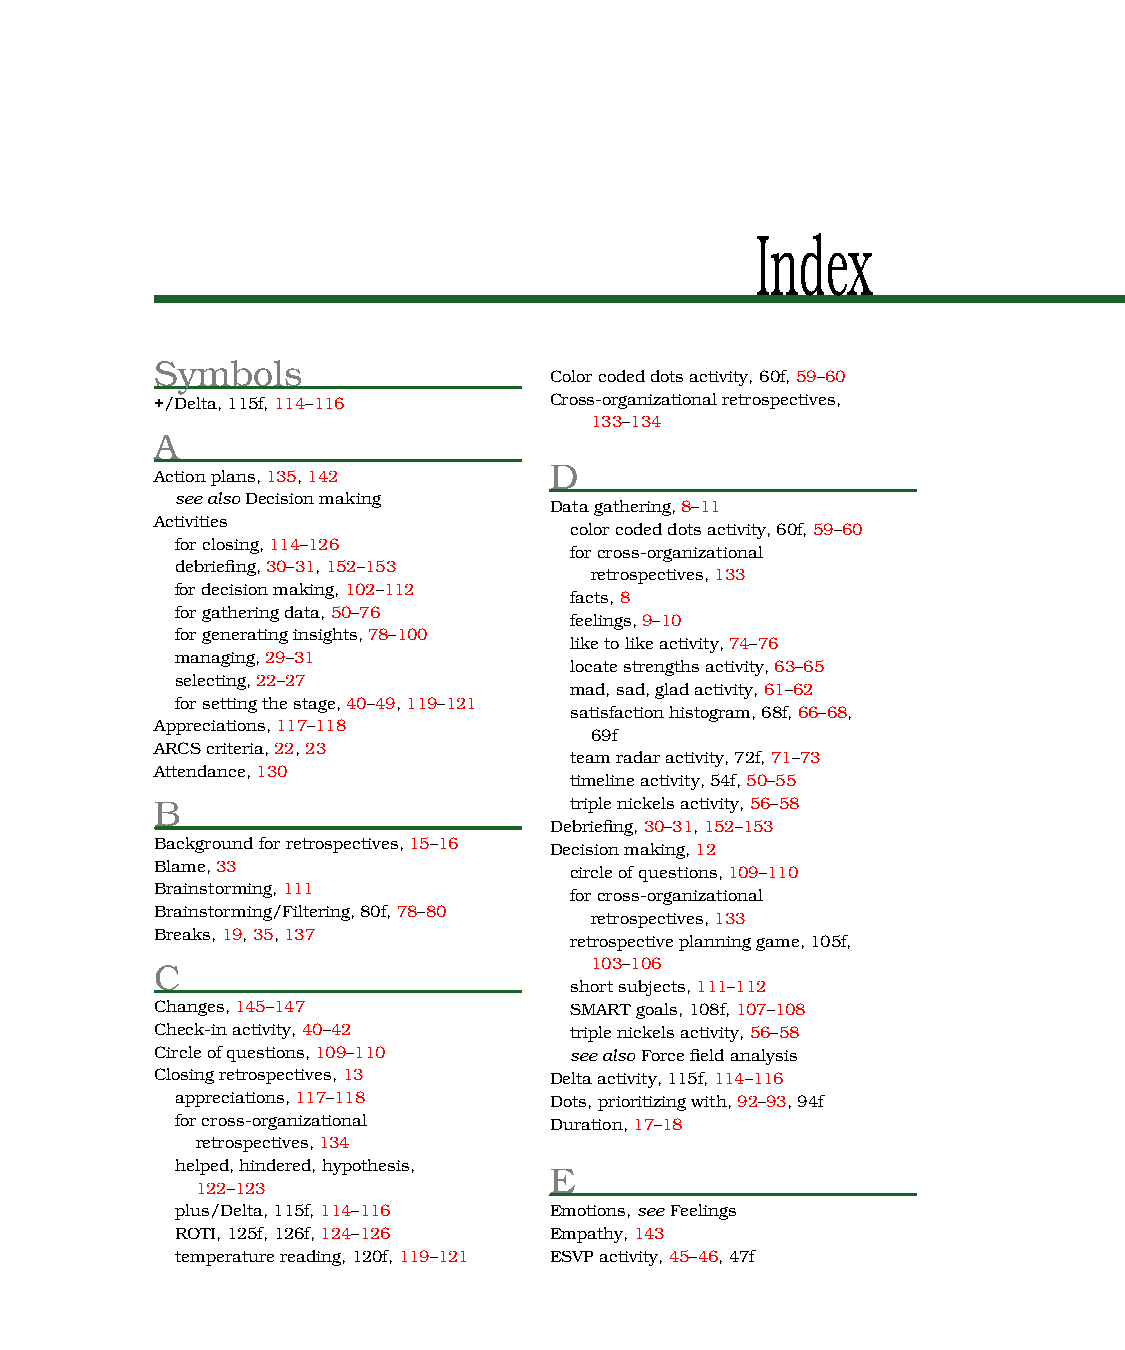
Index
 Symbols
 Colorcodeddotsactivity,60f,59–60
 +/Delta,115f,114–116      Cross-organizationalretrospectives,
 133–134
 A
 D
 Actionplans,135,142
 seealsoDecisionmaking
 Datagathering,8–11
 Activities
 colorcodeddotsactivity,60f,59–60
 forclosing,114–126
 forcross-organizational
 debriefing,30–31,152–153
 retrospectives,133
 fordecisionmaking,102–112
 facts,8
 forgatheringdata,50–76
 feelings,9–10
 forgeneratinginsights,78–100
 liketolikeactivity,74–76
 managing,29–31
 locatestrengthsactivity,63–65
 selecting,22–27
 mad,sad,gladactivity,61–62
 forsettingthestage,40–49,119–121
 satisfactionhistogram,68f,66–68,
 Appreciations,117–118
 69f
 ARCScriteria,22,23
 teamradaractivity,72f,71–73
 Attendance,130
 timelineactivity,54f,50–55
 B                           triplenickelsactivity,56–58
 Debriefing,30–31,152–153
 Backgroundforretrospectives,15–16 Decisionmaking,12
 Blame,33                    circleofquestions,109–110
 Brainstorming,111
 forcross-organizational
 Brainstorming/Filtering,80f,78–80
 retrospectives,133
 Breaks,19,35,137
 retrospectiveplanninggame,105f,
 C                            103–106
 shortsubjects,111–112
 Changes,145–147             SMARTgoals,108f,107–108
 Check-inactivity,40–42      triplenickelsactivity,56–58
 Circleofquestions,109–110   seealsoForcefieldanalysis
 Closingretrospectives,13  Deltaactivity,115f,114–116
 appreciations,117–118   Dots,prioritizingwith,92–93,94f
 forcross-organizational Duration,17–18
 retrospectives,134
 helped,hindered,hypothesis,
 E
 122–123
 plus/Delta,115f,114–116 Emotions,seeFeelings
 ROTI,125f,126f,124–126  Empathy,143
 temperaturereading,120f,119–121 ESVPactivity,45–46,47f